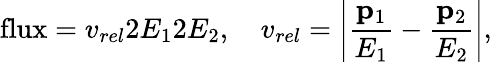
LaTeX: \mathrm{flux}=v_{rel}2E_{1}2E_{2},\quad v_{rel}=\left\vert{\frac{{\mathbf p}_{1}}{E_{1}}}-{\frac{{\mathbf p}_{2}}{E_{2}}}\right\vert,